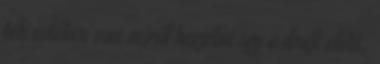
téli estéken van miről beszélni így a draft előtt,